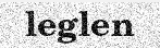
leglen